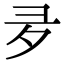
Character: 夛